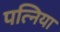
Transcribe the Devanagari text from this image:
पत्निया